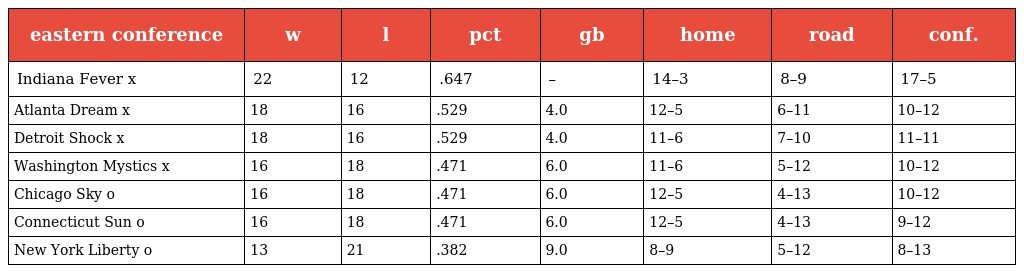
| eastern conference | w | l | pct | gb | home | road | conf. |
 | --- | --- | --- | --- | --- | --- | --- | --- |
 | Indiana Fever x | 22 | 12 | .647 | – | 14–3 | 8–9 | 17–5 |
 | Atlanta Dream x | 18 | 16 | .529 | 4.0 | 12–5 | 6–11 | 10–12 |
 | Detroit Shock x | 18 | 16 | .529 | 4.0 | 11–6 | 7–10 | 11–11 |
 | Washington Mystics x | 16 | 18 | .471 | 6.0 | 11–6 | 5–12 | 10–12 |
 | Chicago Sky o | 16 | 18 | .471 | 6.0 | 12–5 | 4–13 | 10–12 |
 | Connecticut Sun o | 16 | 18 | .471 | 6.0 | 12–5 | 4–13 | 9–12 |
 | New York Liberty o | 13 | 21 | .382 | 9.0 | 8–9 | 5–12 | 8–13 |